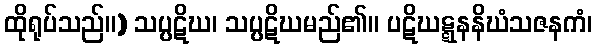
ထိုရုပ်သည်။) သပ္ပဋိဃ၊ သပ္ပဋိဃမည်၏။ ပဋိဃဋ္ဋနနိဃံသဇနကံ၊